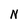
Character: N